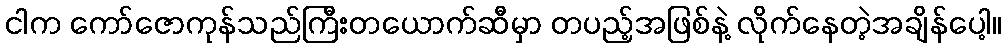
ငါက ကော်ဇောကုန်သည်ကြီးတယောက်ဆီမှာ တပည့်အဖြစ်နဲ့ လိုက်နေတဲ့အချိန်ပေါ့။